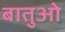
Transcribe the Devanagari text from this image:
बातुओ